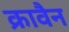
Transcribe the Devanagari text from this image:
क्रावैन